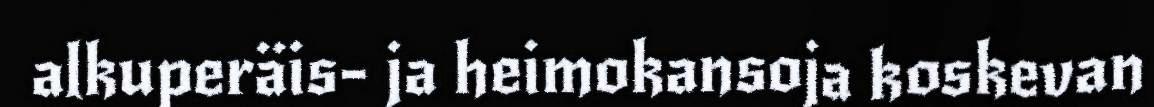
alkuperäis- ja heimokansoja koskevan